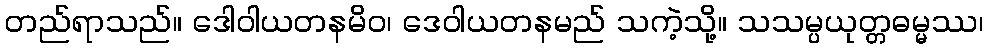
တည်ရာသည်။ ဒေါဝါယတနမိဝ၊ ဒေဝါယတနမည် သကဲ့သို့။ သသမ္ပယုတ္တဓမ္မဿ၊